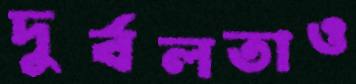
দুর্বলতাও